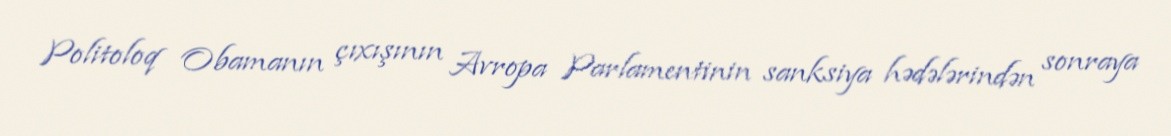
Politoloq Obamanın çıxışının Avropa Parlamentinin sanksiya hədələrindən sonraya